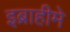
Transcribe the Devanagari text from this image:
इब्राहीमे